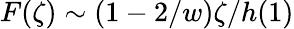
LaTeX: F(\zeta)\sim(1-2/w)\zeta/h(1)